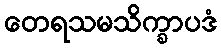
တေရသမသိက္ခာပဒံ